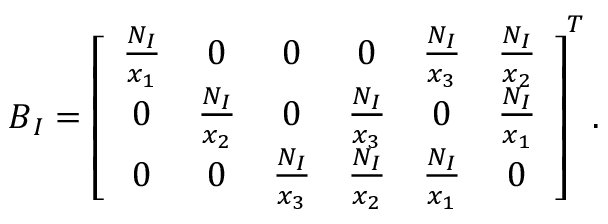
\boldsymbol { B } _ { I } = \left[ \begin{array} { c c c c c c } { \frac { N _ { I } } { x _ { 1 } } } & { 0 } & { 0 } & { 0 } & { \frac { N _ { I } } { x _ { 3 } } } & { \frac { N _ { I } } { x _ { 2 } } } \\ { 0 } & { \frac { N _ { I } } { x _ { 2 } } } & { 0 } & { \frac { N _ { I } } { x _ { 3 } } } & { 0 } & { \frac { N _ { I } } { x _ { 1 } } } \\ { 0 } & { 0 } & { \frac { N _ { I } } { x _ { 3 } } } & { \frac { N _ { I } } { x _ { 2 } } } & { \frac { N _ { I } } { x _ { 1 } } } & { 0 } \end{array} \right] ^ { T } .